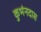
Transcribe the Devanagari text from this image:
कुभंनदास